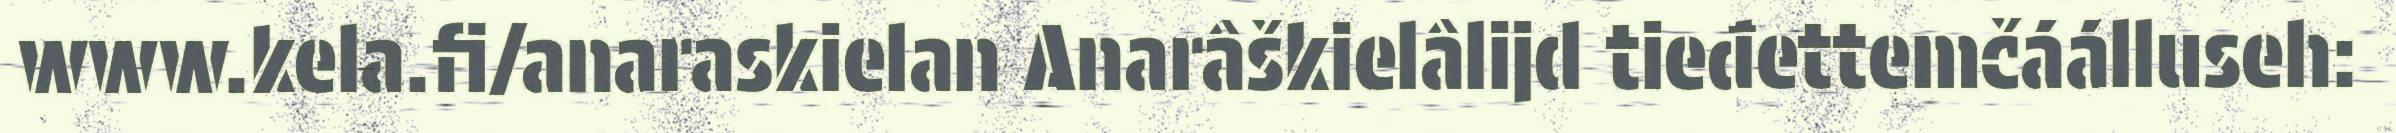
www.kela.fi/anaraskielan Anarâškielâlijd tieđettemčáálluseh: